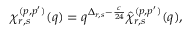
\chi _ { r , s } ^ { ( p , p ^ { \prime } ) } ( q ) = q ^ { \Delta _ { r , s } - \frac { c } { 2 4 } } \hat { \chi } _ { r , s } ^ { ( p , p ^ { \prime } ) } ( q ) ,